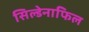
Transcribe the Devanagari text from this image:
सिल्डेनाफिल